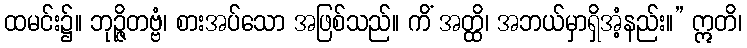
ထမင်း၌။ ဘုဉ္ဇိတဗ္ဗံ၊ စားအပ်သော အဖြစ်သည်။ ကိံ အတ္ထိ၊ အဘယ်မှာရှိအံ့နည်း။” ဣတိ၊